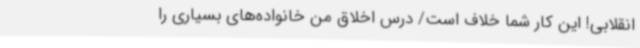
انقلابی! این کار شما خلاف است/ درس اخلاق من خانواده‌های بسیاری را